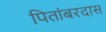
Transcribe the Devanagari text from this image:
पितांबरदास